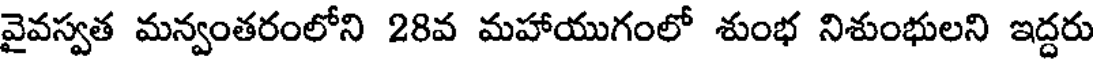
వైవస్వత మన్వంతరంలోని 28వ మహాయుగంలో శుంభ నిశుంభులని ఇద్దరు